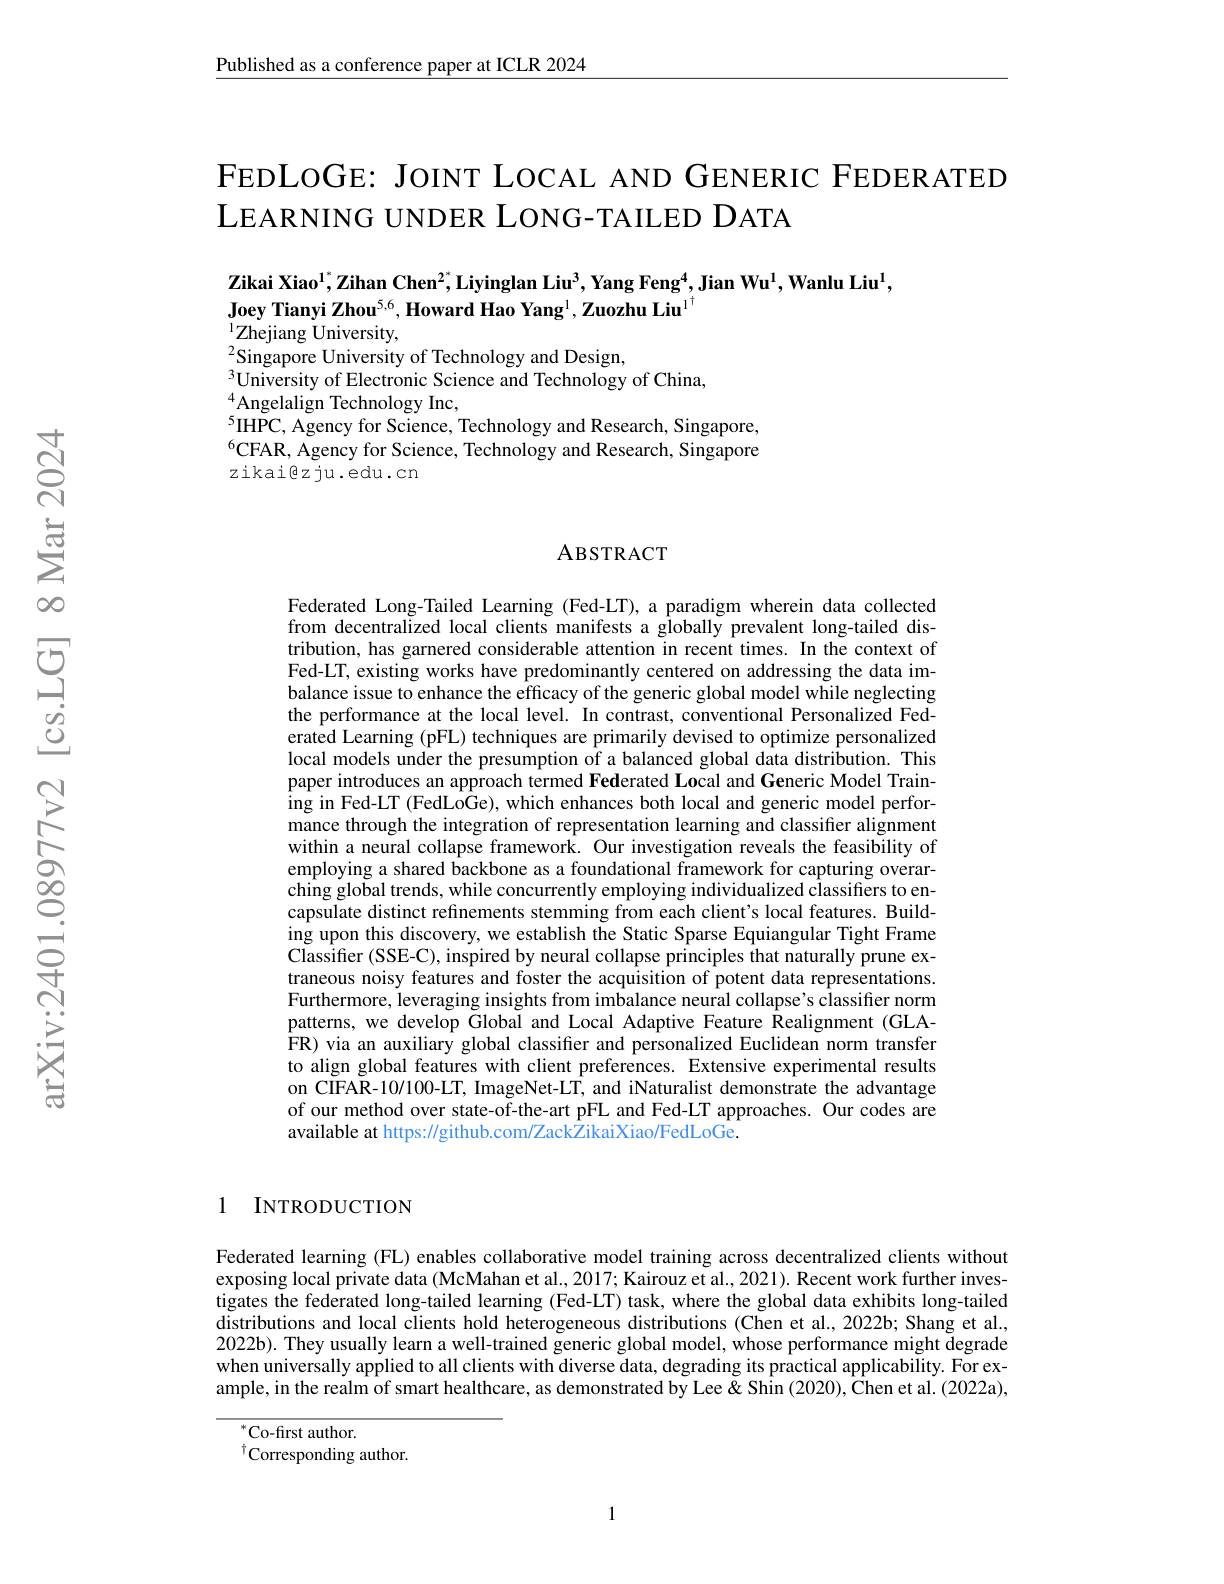
$\underline{\text{Published as a conference paper at ICLR 2024}}$

FEDLOGE: JOINT LOCAL AND GENERIC FEDERATED
LEARNING UNDER LONG- TAILED DATA

Zikai Xiao$^{1^{*},\text{Zihan Chen}^{2^{*},\text{Liyinglan Liu}^{3},\text{Yang Feng}^{4},\text{Jian Wu}^{1},\textbf{Wanlu Liu}^{1},}^{1},\:\mathrm{Zikai~Xiao}^{1^{*},\text{Zihan Chen}^{2^{*},\text{Liyinglan Liu}^{3},\text{Yang Feng}^{4},\text{Jian Wu}^{1},\text{Wanlu Liu}^{1},}^{1},\:\mathrm{Zikai~Xiao}^{1^{*},\text{Zihan Ch$
Joey Tianyi Zhou$^5,6,\textbf{Howard Hao Yang}^1,\textbf{Zuozhu Liu}^{1}$
$^{1}$Zhejiang University,

$^{2}$Singapore University of Technology and Design,
$^{3}$University of Electronic Science and Technology of China,
$^{4}$Angelalign Technology Inc,
$^{5}$IHPC, Agency for Science, Technology and Research, Singapore, $^{6}$CFAR, Agency for Science, Technology and Research, Singapore zikaigzju.edu.cn

### ABSTRACT

Federated Long-Tailed Learning (Fed-LT), a paradigm wherein data collected from decentralized local clients manifests a globally prevalent long-tailed distribution, has garnered considerable attention in recent times. In the context of Fed-LT, existing works have predominantly centered on addressing the data imbalance issue to enhance the efficacy of the generic global model while neglecting the performance at the local level. In contrast, conventional Personalized Federated Learning (pFL) techniques are primarily devised to optimize personalized local models under the presumption of a balanced global data distribution. This paper introduces an approach termed Federated Local and Generic Model Training in Fed-LT (FedLoGe), which enhances both local and generic model performance through the integration of representation learning and classifier alignment within a neural collapse framework. Our investigation reveals the feasibility of employing a shared backbone as a foundational framework for capturing overarching global trends, while concurrently employing individualized classifiers to encapsulate distinct refinements stemming from each client's local features. Building upon this discovery, we establish the Static Sparse Equiangular Tight Frame Classifier (SSE-C), inspired by neural collapse principles that naturally prune extraneous noisy features and foster the acquisition of potent data representations. Furthermore, leveraging insights from imbalance neural collapse's classifter norm patterns, we develop Global and Local Adaptive Feature Realignment (GLAFR) via an auxiliary global classifier and personalized Euclidean norm transfer to align global features with client preferences. Extensive experimental results on CIFAR-10/100-LT, ImageNet-LT, and iNaturalist demonstrate the advantage of our method over state-of-the-art pFL and Fed-LT approaches. Our codes are available at https://github.com/ZackZikaiXiao/FedLoGe.

1 INTRODUCTION

Federated learning (FL) enables collaborative model training across decentralized clients without exposing local private data (McMahan et al., 2017; Kairouz et al., 2021). Recent work further investigates the federated long-tailed learning (Fed-LT) task, where the global data exhibits long-tailed $\tilde{\text{distributions and local clients hold heterogeneous distributions(Chen et al.,2022b; Shang et al.,}}$ 2022b). They usually learn a well-trained generic global model, whose performance might degrade when universally applied to all clients with diverse data, degrading its practical applicability. For example, in the realm of smart healthcare, as demonstrated by Lee & Shin (2020), Chen et al. (2022a),

$^{*}$Co-first author.
$^{\dagger}$Corresponding author.